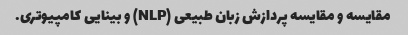
مقایسه و مقایسه پردازش زبان طبیعی (NLP) و بینایی کامپیوتری.